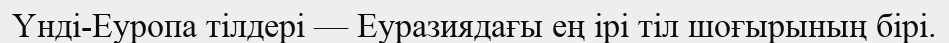
Үнді-Еуропа тілдерi — Еуразиядағы ең ірі тіл шоғырының бірі.